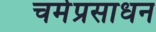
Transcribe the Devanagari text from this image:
चर्मप्रसाधन